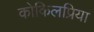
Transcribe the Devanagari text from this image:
कोकिलप्रिया